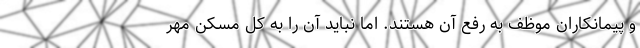
و پیمانکاران موظف به رفع آن هستند. اما نباید آن را به کل مسکن مهر